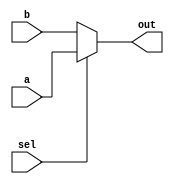
// Single 2-input multiplexer
(* keep_hierarchy = "yes" *)
(* DONT_TOUCH = "yes" *)
(* keep = "true" *)
module Mux(
    input a,
    input b,
    input sel,
    output out
    );
    
    reg out_wire;
    
    always @(*) begin
        if (sel) begin
            out_wire = a;
        end else
        begin
            out_wire = b;
        end
    end
    
    assign out = out_wire;
    
endmodule